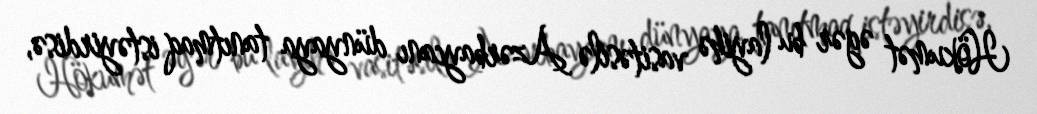
Hökumət əgər bu layihə vasitəsilə Azərbaycanı dünyaya tanıtmaq istəyirdisə,